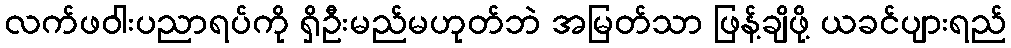
လက်ဖဝါးပညာရပ်ကို ရှိဦးမည်မဟုတ်ဘဲ အမြတ်သာ ဖြန့်ချိဖို့ ယခင်ပျားရည်